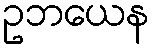
ဥဘယေန